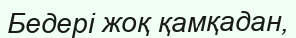
Бедері жоқ қамқадан,